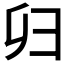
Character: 𢑏